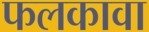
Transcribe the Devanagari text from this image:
फलकावा